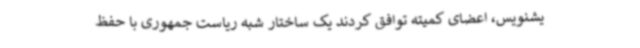
یشنویس، اعضای کمیته توافق کردند یک ساختار شبه ریاست جمهوری با حفظ